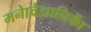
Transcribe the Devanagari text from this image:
मनाेवैज्ञानिकाें